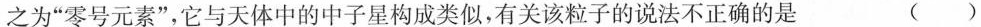
之为”零号元素”，它与天体中的中子星构成类似，有关该粒子的说法不正确的是 ( )